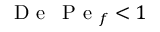
\mathrm { ~ D ~ e ~ } \, \mathrm { ~ P ~ e ~ } _ { f } < 1